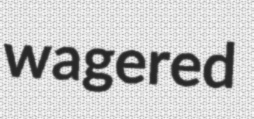
wagered